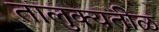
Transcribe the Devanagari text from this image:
तालुक्यतीळ